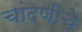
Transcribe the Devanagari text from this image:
चांदणीचे